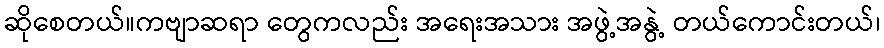
ဆိုစေတယ်။ကဗျာဆရာ တွေကလည်း အရေးအသား အဖွဲ့အနွဲ့ တယ်ကောင်းတယ်၊